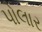
પોલાર